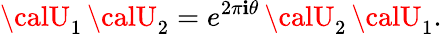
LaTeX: {\calU}_{1}\, {\calU}_{2}=e^{2\pi\mathbf{i}\theta}\, {\calU}_{2}\, {\calU}_{1}.